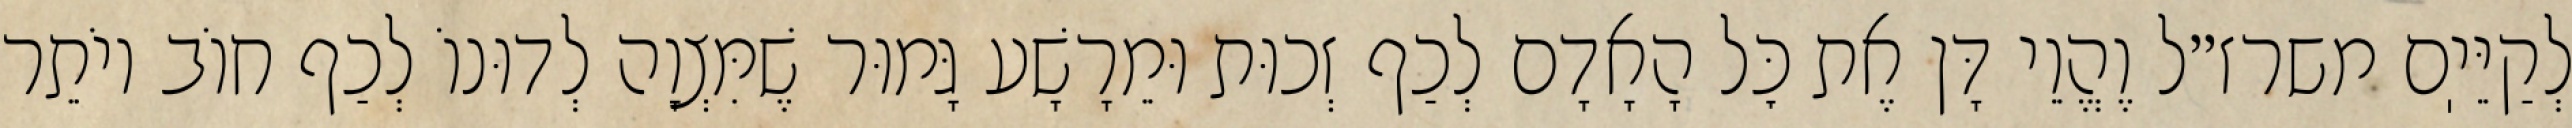
לְקַיֵּיֽם משרז״ל וֶהֱוֵי דָּן אֶת כׇּל הָאָדָם לְכַף זְכוּת וּמֵרָשָׁע גָּמוּר שֶׁמִּצְוָה לְדוּנוֹ לְכַף חוֹב יוֹתֵר